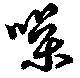
噪